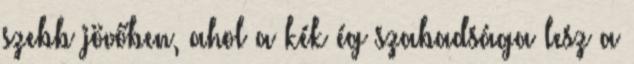
szebb jövőben, ahol a kék ég szabadsága lesz a